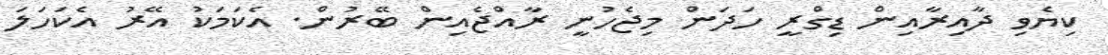
ކިޔެވި ދާއިރާއިން ޑިގްރީ ހަދަން މިޖެހުނީ ރާއްޖެއިން ބޭރުން. އެކަމަކު އޭރު އެކަހަލަ